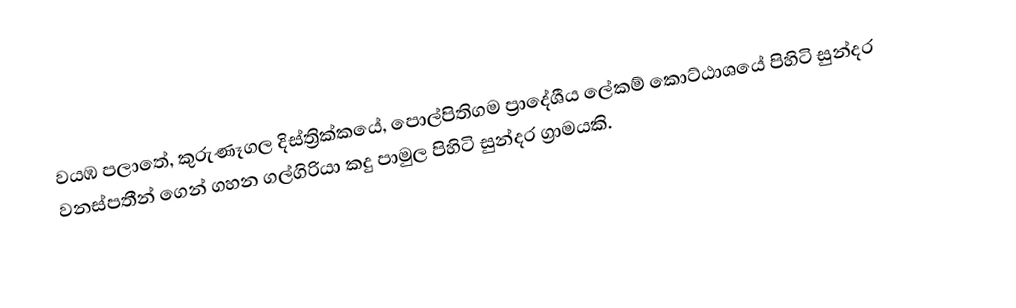
වයඹ පලාතේ, කුරුණෑගල දිස්ත්‍රික්කයේ, පොල්පිතිගම ප්‍රාදේශීය ලේකම් කොට්ඨාශයේ පිහිටි සුන්දර වනස්පතීන් ගෙන් ගහන ගල්ගිරියා කදු පාමුල පිහිටි සුන්දර ග්‍රාමයකි.